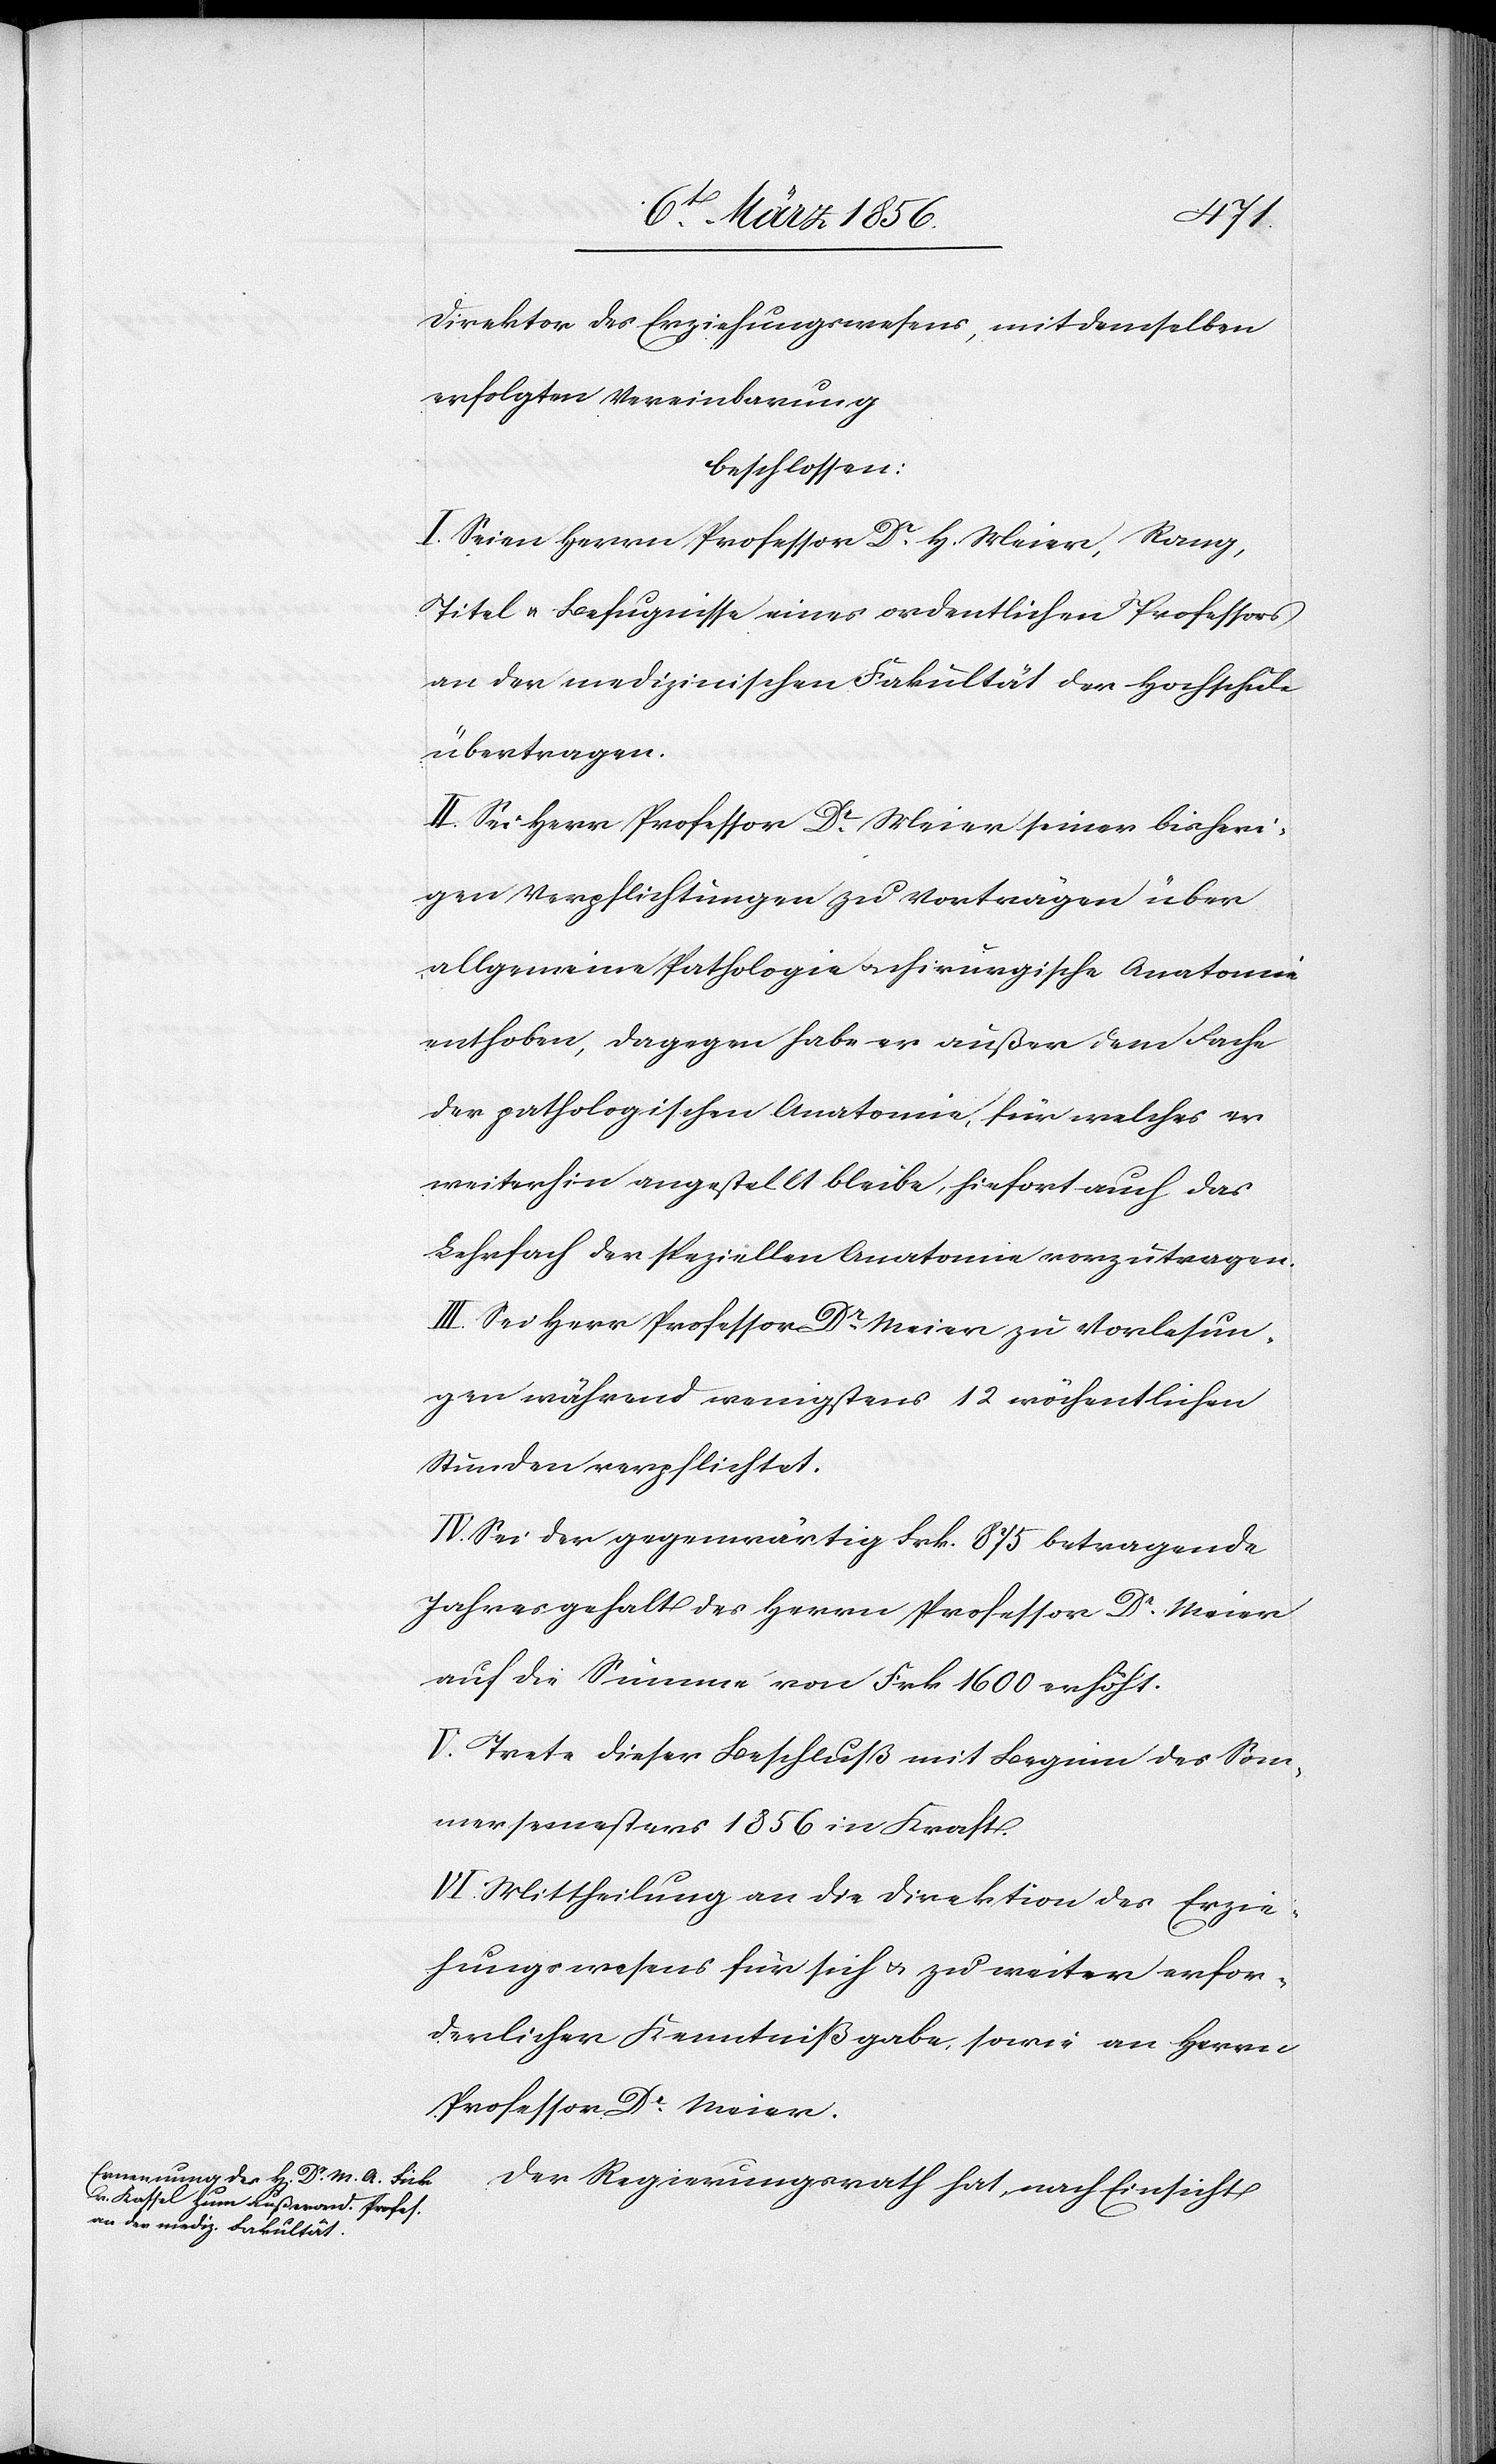
Direktor des Erziehungswesens, mit demselben
erfolgten Vereinbarung
beschlossen:
I. Seien Herrn Professor Dr H. Meier, Rang,
Titel u. Befugnisse eines ordentlichen Professors
an der medizinischen Fakultät der Hochschule
übertragen.
II. Sei Herr Professor Dr Meier seiner bisheri¬
gen Verpflichtungen zu Vorträgen über
allgemeine Pathologie u. chirurgische Anatomie
enthoben, dagegen habe er außer dem Fache
der pathologischen Anatomie, für welches er
weiterhin angestellt bleibe, hiefort auch das
Lehrfach der speziellen Anatomie vorzutragen.
III. Sei Herr Professor Dr Meier zu Vorlesun¬
gen während wenigstens 12 wöchentlichen
Stunden verpflichtet.
IV. Sei der gegenwärtig Frk. 875 betragende
Jahresgehalt des Herrn Professor Dr Meier
auf die Summe von Frk 1600 erhöht.
V. Trete dieser Beschluß mit Beginn des Som¬
mersemesters 1856 in Kraft.
VI. Mittheilung an die Direktion des Erzie¬
hungswesens für sich u. zu weiter erfor¬
derlicher Kenntnißgabe, sowie an Herrn
Professor Dr Meier.
Der Regierungsrath hat nach Einsicht